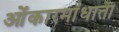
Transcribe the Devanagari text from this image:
ओंकारमांधाता